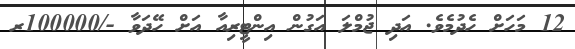
12 މަހަށް ހެދުމެވެ. އަދި ޖުމްލަ އަގުން އިންޓީރިއާ އަށް ހޭދަވާ -/100000ރ